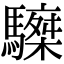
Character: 𩦆